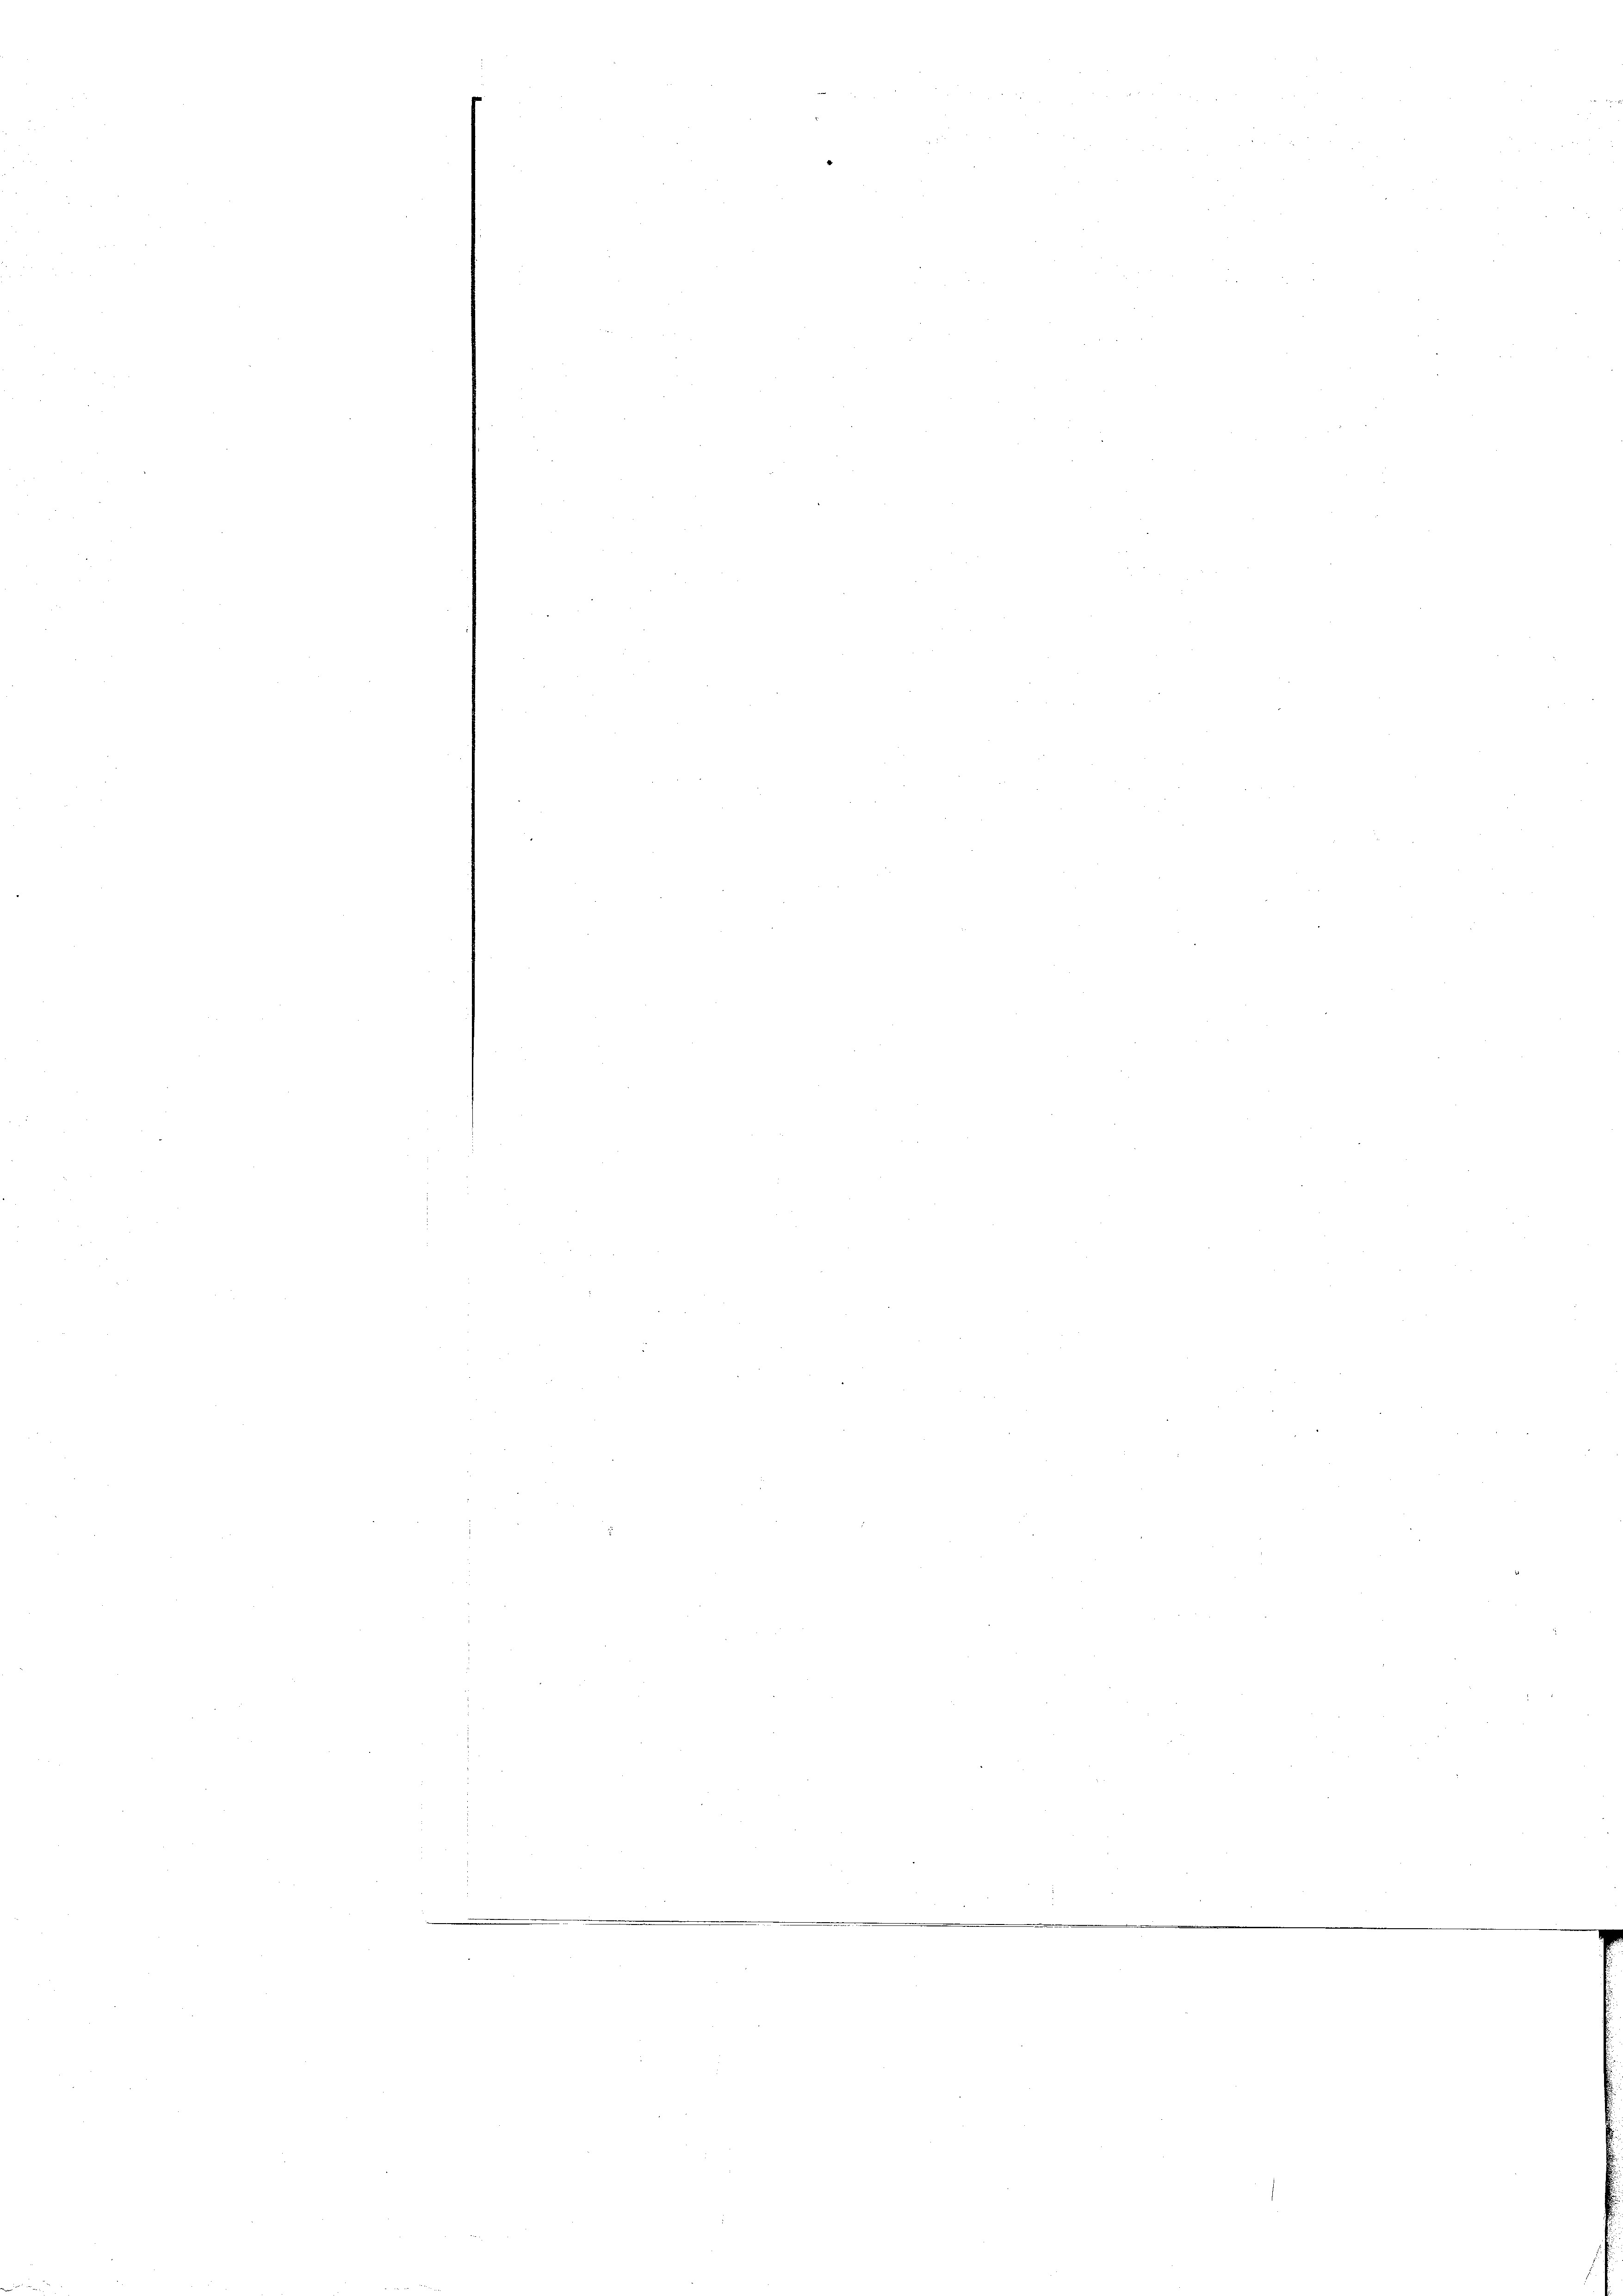
.

n
.
m
s